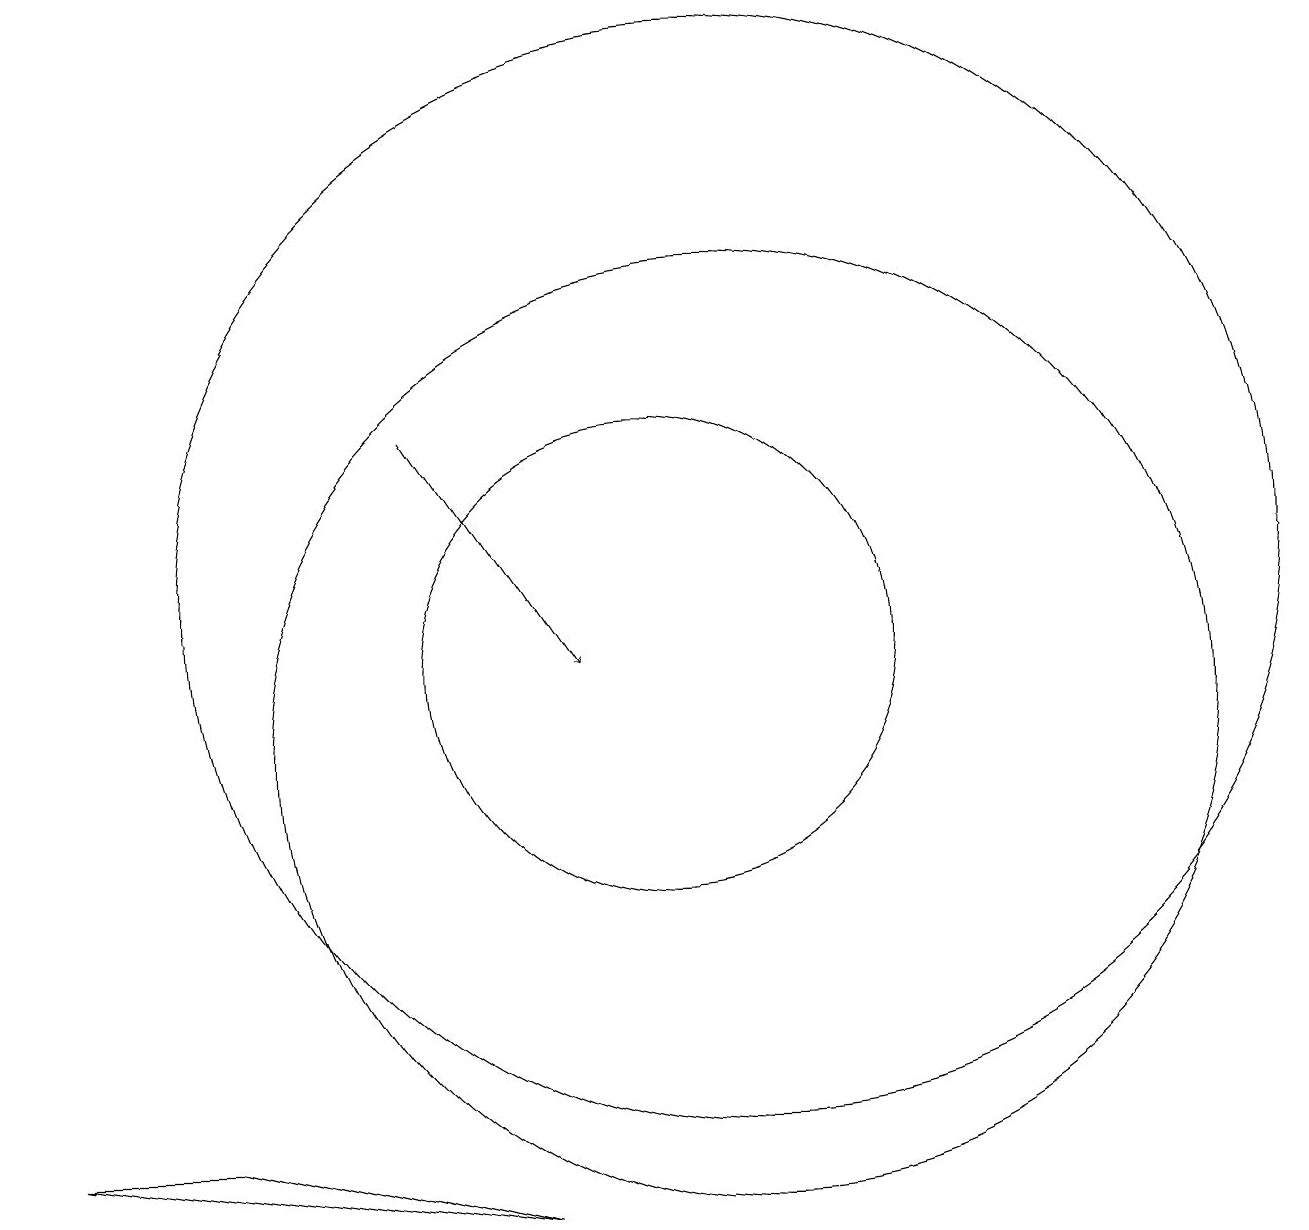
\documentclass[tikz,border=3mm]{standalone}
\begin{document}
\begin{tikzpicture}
\draw (11,10) circle (0);
\draw (11,12) circle (7);
\draw (11,10) circle (6);
\draw[->] (7,14) -- (9,11);
\draw (4,5) -- (2,5) -- (8,4) -- cycle;
\draw (10,11) circle (3);
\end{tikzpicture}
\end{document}